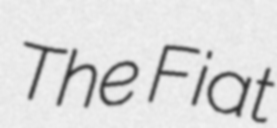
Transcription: The Fiat